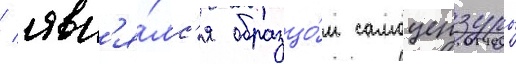
/ явл'я́лс'я образцо́м самоцензуры